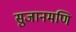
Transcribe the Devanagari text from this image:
सुजानमणि